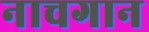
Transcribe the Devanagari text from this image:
नाचगान